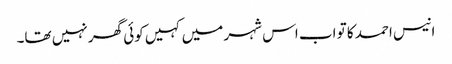
انیس احمد کا تو اب اس شہر میں کہیں کوئی گھر نہیں تھا۔